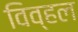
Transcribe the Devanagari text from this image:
विव्हल